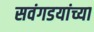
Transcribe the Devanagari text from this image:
सवंगडयांच्या